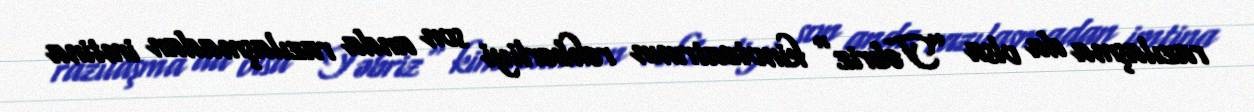
razılaşma da olsa ”Təbriz" kinoteatrının rəhbərliyi son anda razılaşmadan imtina